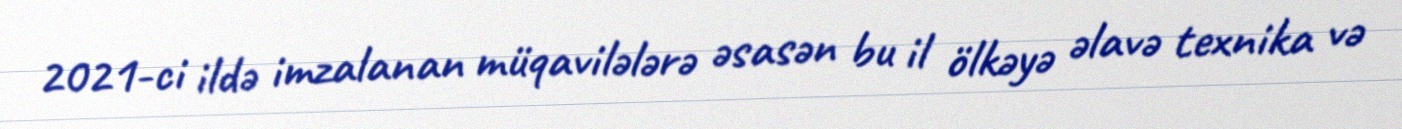
2021-ci ildə imzalanan müqavilələrə əsasən bu il ölkəyə əlavə texnika və